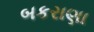
બકરાણા